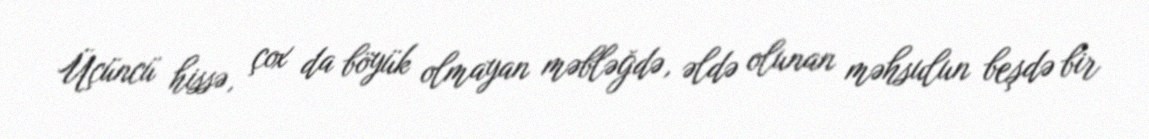
Üçüncü hissə, çox da böyük olmayan məbləğdə, əldə olunan məhsulun beşdə bir